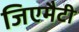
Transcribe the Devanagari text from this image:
जिएमैटी